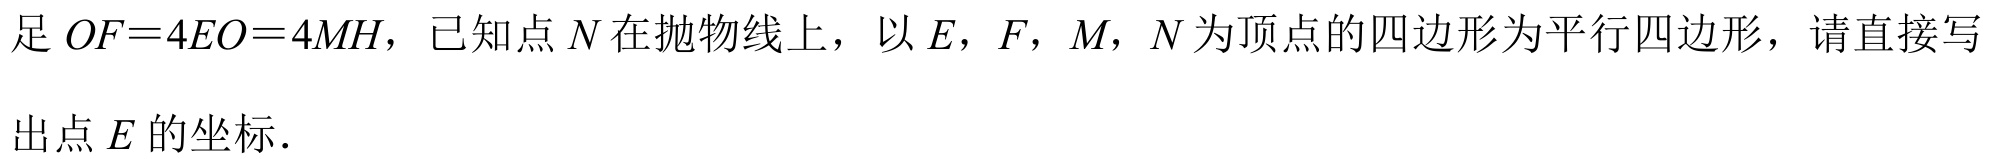
足 \(OF = 4EO = 4MH\)，已知点 \(N\) 在抛物线上，以 \(E\)，\(F\)，\(M\)，\(N\) 为顶点的四边形为平行四边形，请直接写

出点 \(E\) 的坐标．